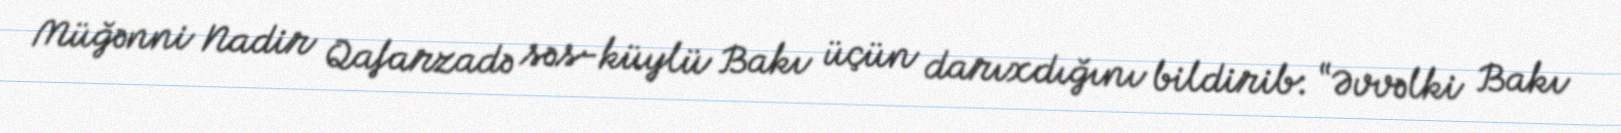
Müğənni Nadir Qafarzadə səs-küylü Bakı üçün darıxdığını bildirib: “Əvvəlki Bakı